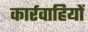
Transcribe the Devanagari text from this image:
कार्रवाहियों